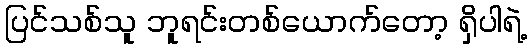
ပြင်သစ်သူ ဘူရင်းတစ်ယောက်တော့ ရှိပါရဲ့